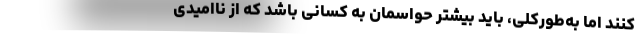
کنند اما به‌طورکلی، باید بیشتر حواسمان به کسانی باشد که از ناامیدی